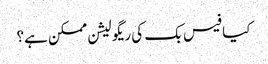
کیا فیس بک کی ریگولیشن ممکن ہے؟